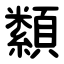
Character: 纇